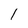
Character: 1